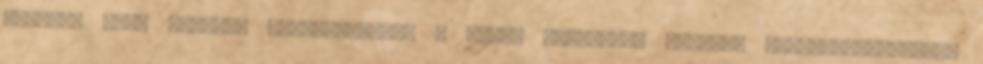
érkezés után várható eseményekről, a Téged körülvevő kórházi alkalmazottakról.